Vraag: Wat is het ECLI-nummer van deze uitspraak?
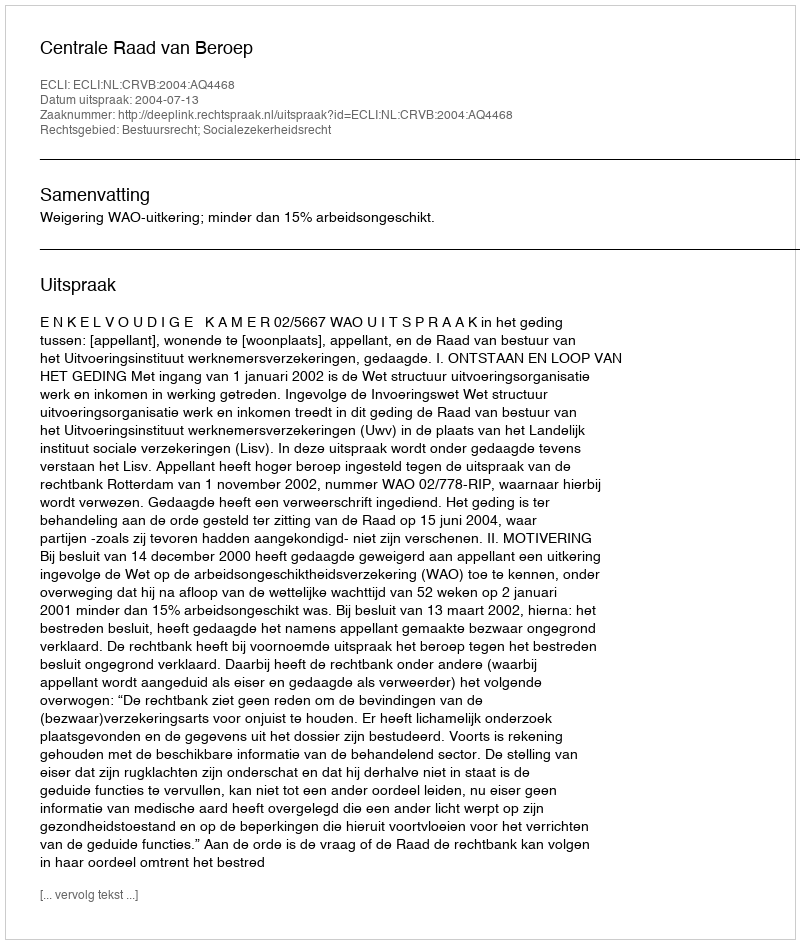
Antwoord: ECLI:NL:CRVB:2004:AQ4468